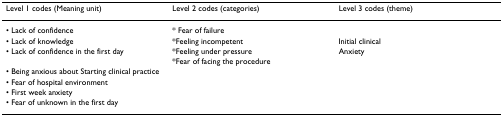
<table><thead><tr><td><b>Level 1 codes (Meaning unit)</b></td><td><b>Level 2 codes (categories)</b></td><td><b>Level 3 codes (theme)</b></td></tr></thead><tbody><tr><td>• Lack of confidence</td><td>* Fear of failure</td><td></td></tr><tr><td>• Lack of knowledge</td><td>*Feeling incompetent</td><td>Initial clinical</td></tr><tr><td>• Lack of confidence in the first day</td><td>*Feeling under pressure</td><td>Anxiety</td></tr><tr><td></td><td>*Fear of facing the procedure</td><td></td></tr><tr><td>• Being anxious about Starting clinical practice</td><td></td><td></td></tr><tr><td>• Fear of hospital environment</td><td></td><td></td></tr><tr><td>• First week anxiety</td><td></td><td></td></tr><tr><td>• Fear of unknown in the first day</td><td></td><td></td></tr></tbody></table>